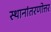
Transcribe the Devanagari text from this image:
स्थानांतरणोत्तर